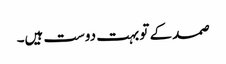
صمد کے تو بہت دوست ہیں۔